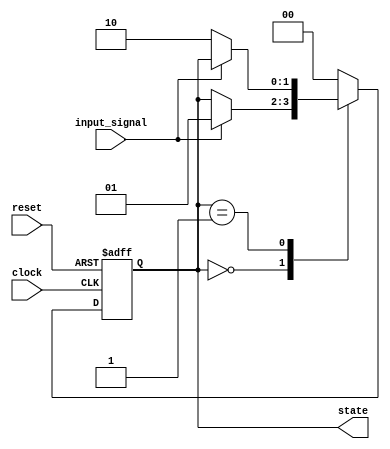
module fsm_example (
    input wire clock,
    input wire reset,
    input wire input_signal,
    output reg [1:0] state // 2-bit state output
);

// State encoding
localparam STATE_0 = 2'b00;
localparam STATE_1 = 2'b01;
localparam STATE_2 = 2'b10;

// Initial state
initial begin
    state = STATE_0; // Set initial state
end

// Sequential logic block sensitive to the rising edge of the clock
always @(posedge clock or posedge reset) begin
    if (reset) begin
        // Asynchronous reset
        state <= STATE_0; // Reset to initial state
    end else begin
        // State transition logic
        case (state)
            STATE_0: begin
                if (input_signal) begin
                    state <= STATE_1; // Transition to STATE_1 on input_signal
                end
            end
            
            STATE_1: begin
                if (!input_signal) begin
                    state <= STATE_2; // Transition to STATE_2 on input_signal low
                end
            end
            
            STATE_2: begin
                // Return to STATE_0 after a condition, for example:
                state <= STATE_0; // Transition back to STATE_0
            end
            
            default: state <= STATE_0; // Default case
        endcase
    end
end

endmodule